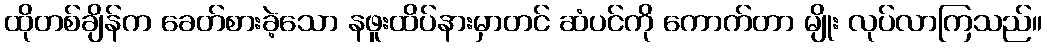
ထိုတစ်ချိန်က ခေတ်စားခဲ့သော နဖူးထိပ်နားမှာတင် ဆံပင်ကို ကောက်တာ မျိုး လုပ်လာကြသည်။